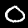
Digit: 0